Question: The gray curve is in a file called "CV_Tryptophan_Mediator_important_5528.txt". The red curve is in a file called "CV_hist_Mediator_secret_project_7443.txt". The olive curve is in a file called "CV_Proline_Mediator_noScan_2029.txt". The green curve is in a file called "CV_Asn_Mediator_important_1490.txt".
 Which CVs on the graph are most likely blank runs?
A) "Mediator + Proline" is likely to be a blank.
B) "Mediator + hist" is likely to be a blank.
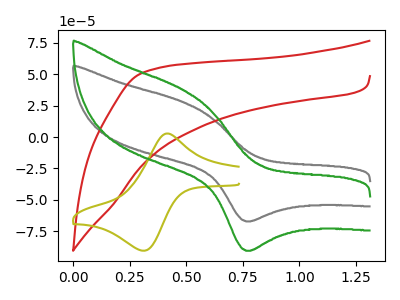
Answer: <think>The gray curve "Mediator + Tryptophan" has an anodic peak at (0.50V, 27.95uA) and a cathodic peak at (0.75V, -67.20uA). The red curve "Mediator + hist" has no peaks. The olive curve "Mediator + Proline" has an anodic peak at (0.40V, 2.85uA) and a cathodic peak at (0.30V, -90.60uA). The green curve "Mediator + Asn" has an anodic peak at (0.50V, 37.70uA) and a cathodic peak at (0.75V, -90.60uA).</think>
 <answer>B) "Mediator + hist" is likely to be a blank.</answer>
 <eval>B</eval>